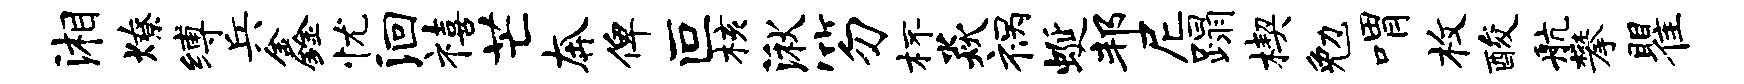
湘燎缚兵鑫忧洄禧芒奔俾叵核湫笏杯焱祸蜒邦尼蹋楔勉喟枚酸航攀瞿